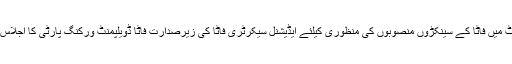
ذرائع کے مطابق 6 جون کو فاٹا سیکرٹریٹ میں فاٹا کے سینکڑوں منصوبوں کی منظوری کیلئے ایڈیشنل سیکرٹری فاٹا کی زیرصدارت فاٹا ڈویلپمنٹ ورکنگ پارٹی کا اجلاس بلایا گیا تھا جو بعدازاں منسوخ کر دیا گیا۔